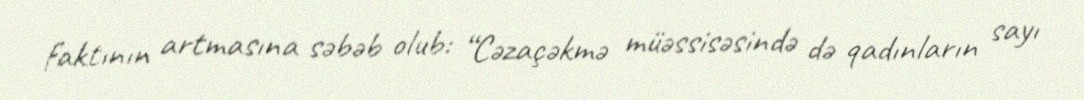
faktının artmasına səbəb olub: “Cəzaçəkmə müəssisəsində də qadınların sayı